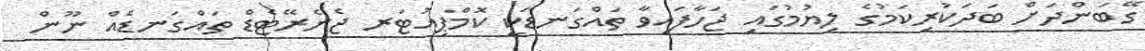
ގޭބަންދަށް ބަދަކުރިކަމުގެ ލިޔުމުގައި ޖަހާފައިވާ ތައްގަނޑަކީ ކޮމްޕިއުޓަރ ޖެނެރޭޓެޑް ތައްގަނޑެއް ނޫން